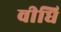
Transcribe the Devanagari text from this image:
वीधि